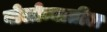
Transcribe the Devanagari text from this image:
बोलोन्यातील